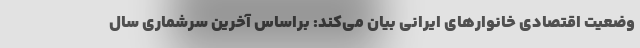
وضعیت اقتصادی خانوارهای ایرانی بیان می‌کند: براساس آخرین سرشماری سال